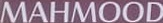
MAHMOOD